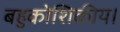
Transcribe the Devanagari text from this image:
बहुकोशिकीय।